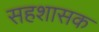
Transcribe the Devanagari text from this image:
सहशासक